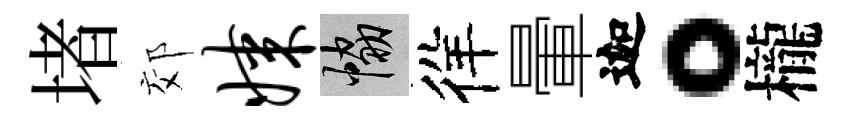
堵郊媒協徉暈迦。櫳